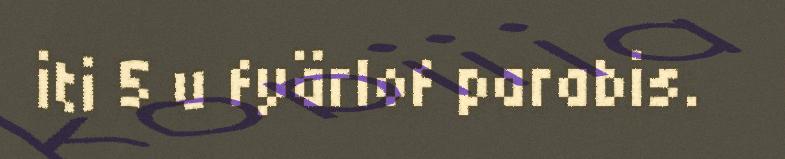
iti 5 u fyärlof parabis.